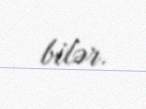
bilər.